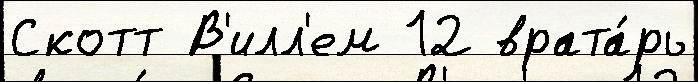
Скотт В'илл'ем 12 врата́рь